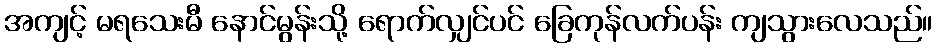
အကျင့် မရသေးမီ နောင်မွန်းသို့ ရောက်လျှင်ပင် ခြေကုန်လက်ပန်း ကျသွားလေသည်။